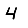
Digit: 4